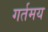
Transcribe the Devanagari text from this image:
गर्तमय